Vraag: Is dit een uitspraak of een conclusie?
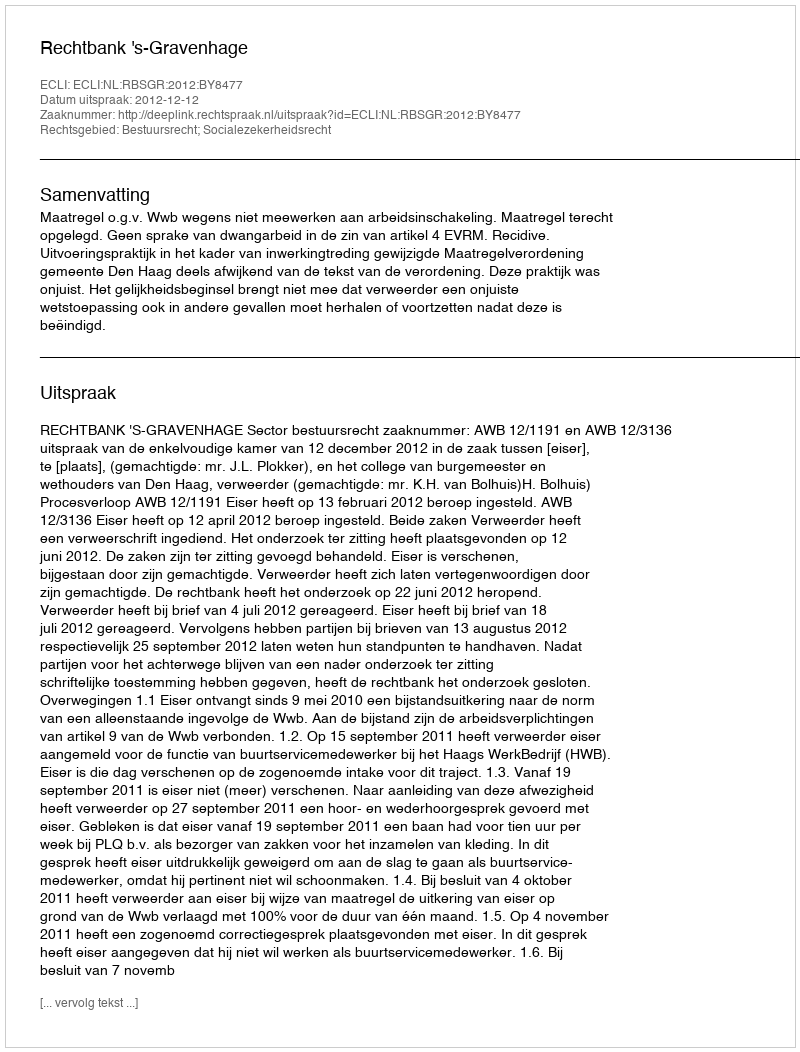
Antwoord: Uitspraak